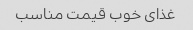
غذای خوب قیمت مناسب